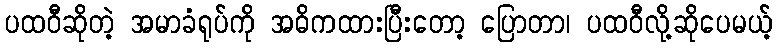
ပထဝီဆိုတဲ့ အမာခံရုပ်ကို အဓိကထားပြီးတော့ ပြောတာ၊ ပထဝီလို့ဆိုပေမယ့်